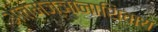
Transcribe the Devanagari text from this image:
आत्मज्ञानाशिवाय